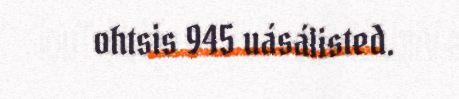
ohtsis 945 uásálisted.